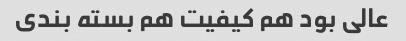
عالی بود هم کیفیت هم بسته بندی